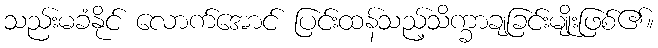
သည်းမခံနိုင် လောက်အောင် ပြင်းထန်သည့်သိက္ခာချခြင်းမျိုးဖြစ်၏။